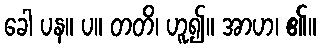
ခေါ ပန။ ပ။ တတိ၊ ဟူ၍။ အာဟ၊ ၏။